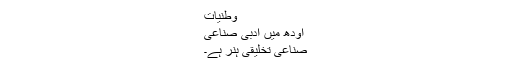
وطنیات
اودھ میں ادبی صناعی
صناعی تخلیقی ہنر ہے۔